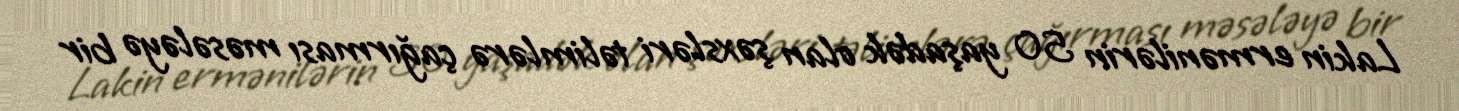
Lakin ermənilərin 50 yaşadək olan şəxsləri təlimlərə çağırması məsələyə bir